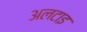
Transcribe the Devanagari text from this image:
अलटाइ